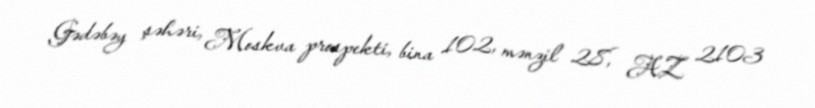
Gədəbəy şəhəri, Moskva prospekti, bina 102, mənzil 28, AZ 2103